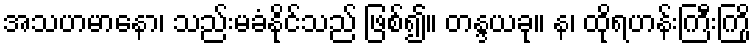
အသဟမာနော၊ သည်းမခံနိုင်သည် ဖြစ်၍။ တန္ဒယခု။ န၊ ထိုရဟန်းကြီးကြို